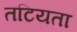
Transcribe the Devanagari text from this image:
तटियता